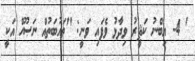
' 4- އިބްނު ކަޘީރު ވިދާޅު ވެފައި ވަނީ: ''ތައުބަތުއް ނަޞޫހް އަކީ